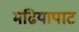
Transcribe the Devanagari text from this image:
मढियापाट